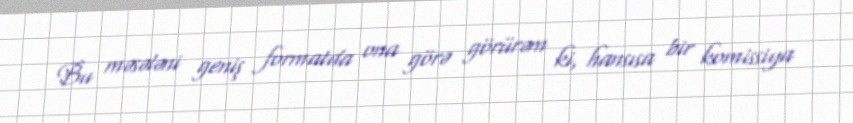
Bu məsələni geniş formatda ona görə görürəm ki, hansısa bir komissiya